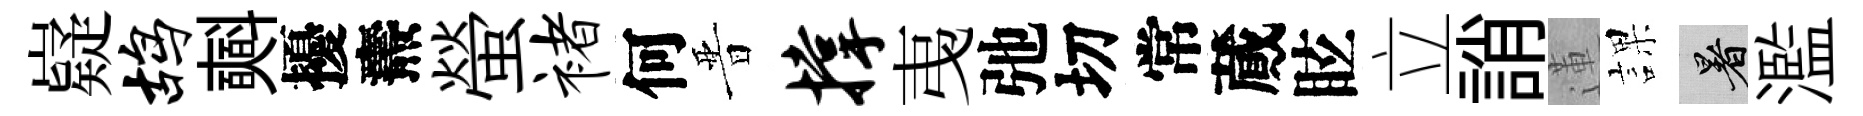
嶷鸪𣂏擾燾螢褚何晋撑𢎯弛切常蕆眩立誚蓮課暑濫